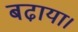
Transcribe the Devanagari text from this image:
बढा़या।